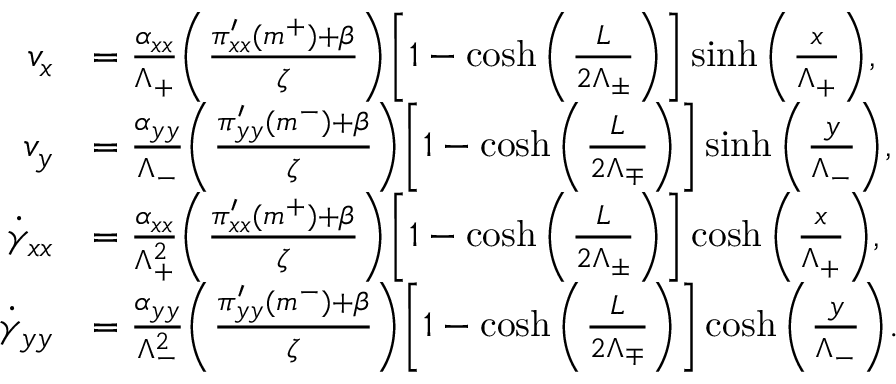
\begin{array} { r l } { v _ { x } } & { = \frac { \alpha _ { x x } } { \Lambda _ { + } } \bigg ( \frac { \pi _ { x x } ^ { \prime } ( m ^ { + } ) + \beta } { \zeta } \bigg ) \bigg [ 1 - \cosh \bigg ( \frac { L } { 2 \Lambda _ { \pm } } \bigg ) \bigg ] \sinh \bigg ( \frac { x } { \Lambda _ { + } } \bigg ) , } \\ { v _ { y } } & { = \frac { \alpha _ { y y } } { \Lambda _ { - } } \bigg ( \frac { \pi _ { y y } ^ { \prime } ( m ^ { - } ) + \beta } { \zeta } \bigg ) \bigg [ 1 - \cosh \bigg ( \frac { L } { 2 \Lambda _ { \mp } } \bigg ) \bigg ] \sinh \bigg ( \frac { y } { \Lambda _ { - } } \bigg ) , } \\ { \dot { \gamma } _ { x x } } & { = \frac { \alpha _ { x x } } { \Lambda _ { + } ^ { 2 } } \bigg ( \frac { \pi _ { x x } ^ { \prime } ( m ^ { + } ) + \beta } { \zeta } \bigg ) \bigg [ 1 - \cosh \bigg ( \frac { L } { 2 \Lambda _ { \pm } } \bigg ) \bigg ] \cosh \bigg ( \frac { x } { \Lambda _ { + } } \bigg ) , } \\ { \dot { \gamma } _ { y y } } & { = \frac { \alpha _ { y y } } { \Lambda _ { - } ^ { 2 } } \bigg ( \frac { \pi _ { y y } ^ { \prime } ( m ^ { - } ) + \beta } { \zeta } \bigg ) \bigg [ 1 - \cosh \bigg ( \frac { L } { 2 \Lambda _ { \mp } } \bigg ) \bigg ] \cosh \bigg ( \frac { y } { \Lambda _ { - } } \bigg ) . } \end{array}